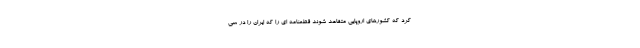
کرد که کشورهای اروپایی متقاعد شوند قطعنامه ای را که ایران را در سی